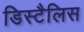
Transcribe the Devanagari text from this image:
डिस्टैलिस